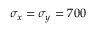
\sigma _ { x } = \sigma _ { y } = 7 0 0